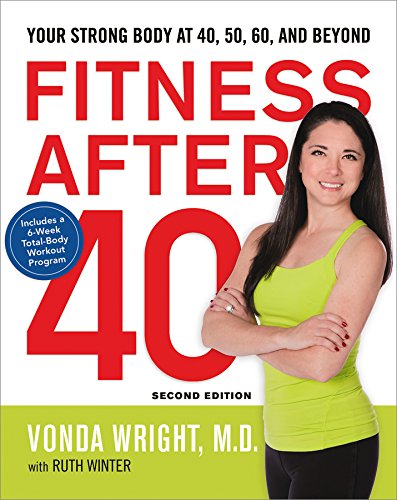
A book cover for Fitness After 40: Your Strong Body at 40, 50, 60, and Beyond; Vonda Wright M.D.; Health, Fitness & Dieting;